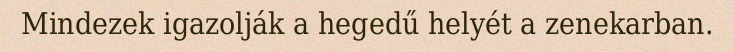
Mindezek igazolják a hegedű helyét a zenekarban.